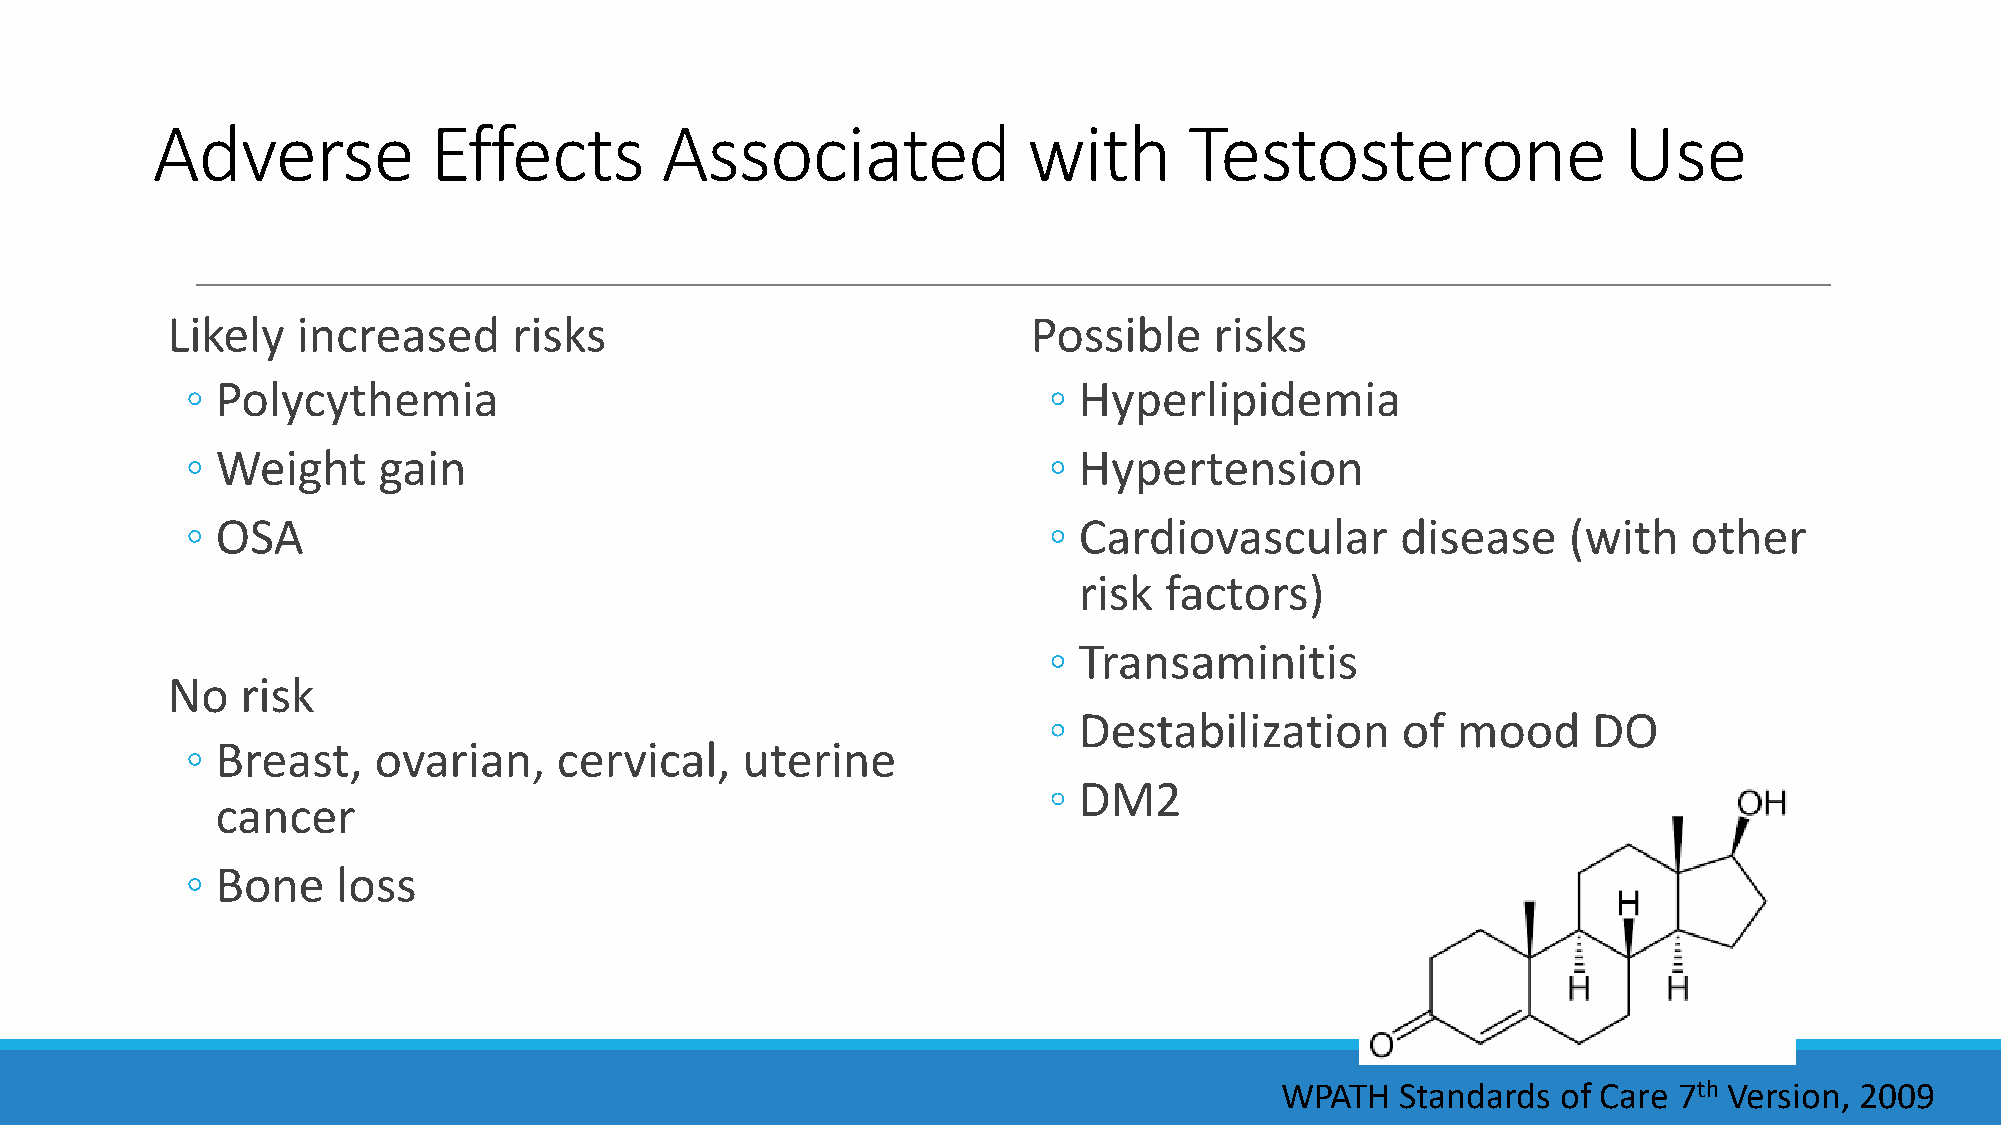
Adverse           Effects         Associated              with       Testosterone                Use
 Likely   increased     risks                             Possible    risks
 ◦ Polycythemia                                           ◦ Hyperlipidemia
 ◦ Weight     gain                                        ◦ Hypertension
 ◦ OSA                                                    ◦ Cardiovascular        disease    (with   other
 risk  factors)
 ◦ Transaminitis
 No   risk
 ◦ Destabilization       of mood     DO
 ◦ Breast,    ovarian,    cervical,   uterine
 ◦ DM2
 cancer
 ◦ Bone    loss
 WPATH   Standards of Care 7th Version, 2009